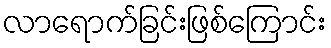
လာရောက်ခြင်းဖြစ်ကြောင်း